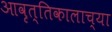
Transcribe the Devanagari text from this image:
आवृत्तिकालाच्या